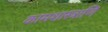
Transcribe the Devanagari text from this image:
कामशास्त्राणि